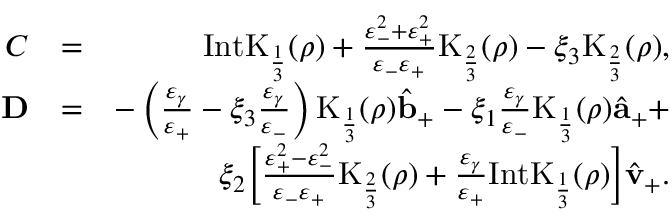
\begin{array} { r l r } { C } & { = } & { \mathrm { I n t K } _ { \frac { 1 } { 3 } } ( \rho ) + \frac { \varepsilon _ { - } ^ { 2 } + \varepsilon _ { + } ^ { 2 } } { \varepsilon _ { - } \varepsilon _ { + } } \mathrm { K } _ { \frac { 2 } { 3 } } ( \rho ) - \xi _ { 3 } \mathrm { K } _ { \frac { 2 } { 3 } } ( \rho ) , } \\ { { \bf D } } & { = } & { - \left( \frac { \varepsilon _ { \gamma } } { \varepsilon _ { + } } - \xi _ { 3 } \frac { \varepsilon _ { \gamma } } { \varepsilon _ { - } } \right) \mathrm { K } _ { \frac { 1 } { 3 } } ( \rho ) \hat { { \bf b } } _ { + } - \xi _ { 1 } \frac { \varepsilon _ { \gamma } } { \varepsilon _ { - } } \mathrm { K } _ { \frac { 1 } { 3 } } ( \rho ) \hat { { \bf a } } _ { + } + } \\ & { } & { \xi _ { 2 } \bigg [ \frac { \varepsilon _ { + } ^ { 2 } - \varepsilon _ { - } ^ { 2 } } { \varepsilon _ { - } \varepsilon _ { + } } \mathrm { K } _ { \frac { 2 } { 3 } } ( \rho ) + \frac { \varepsilon _ { \gamma } } { \varepsilon _ { + } } \mathrm { I n t K } _ { \frac { 1 } { 3 } } ( \rho ) \bigg ] \hat { \bf v } _ { + } . } \end{array}